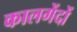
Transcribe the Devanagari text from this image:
कालगेंदों